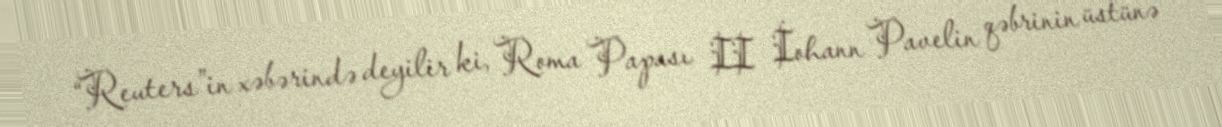
“Reuters”in xəbərində deyilir ki, Roma Papası II İohann Pavelin qəbrinin üstünə